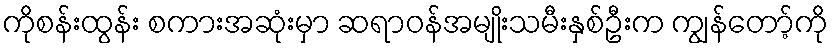
ကိုစန်းထွန်း စကားအဆုံးမှာ ဆရာဝန်အမျိုးသမီးနှစ်ဦးက ကျွန်တော့်ကို